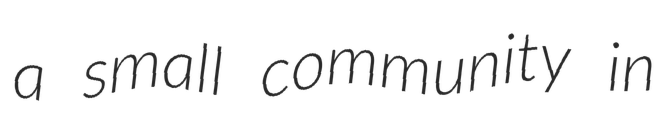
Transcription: a small community in